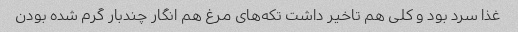
غذا سرد بود و کلی هم تاخیر داشت تکه‌های مرغ هم انگار چندبار گرم شده بودن